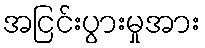
အငြင်းပွားမှုအား